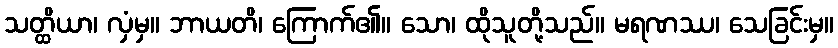
သတ္ထိယာ၊ လှံမှ။ ဘာယတိ၊ ကြောက်၏။ သော၊ ထိုသူတို့သည်။ မရဏဿ၊ သေခြင်းမှ။